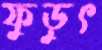
ফুড়ুৎ